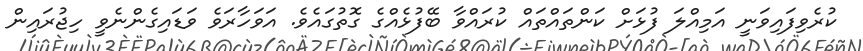
ކުރެވިފައިވަނީ އަމިއްލަ ފުޅަށް ކަންތައްތައް ކުރައްވާ ބޭފުޅެއްގެ ގޮތުގައެވެ. އަވަހާރަވެ ވަޑައިގެންނެވީ ހިޖުރައިން